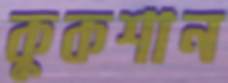
কুকশান